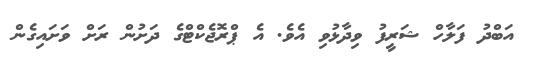
އަބްދު ފަލާހް ޝަރީފު ވިދާޅުވި އެވެ. އެ ޕްރޮޖެކްޓްގެ ދަށުން ރަށް ވަށައިގެން